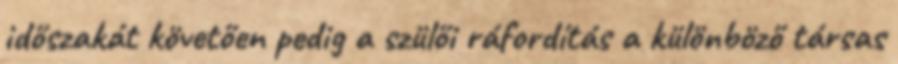
időszakát követően pedig a szülői ráfordítás a különböző társas